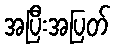
အပြီးအပြတ်